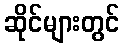
ဆိုင်များတွင်